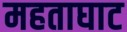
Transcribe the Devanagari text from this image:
महताघाट